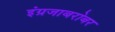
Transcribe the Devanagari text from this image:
इंग्रजाबरोबर